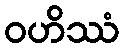
ဝဟိဿံ